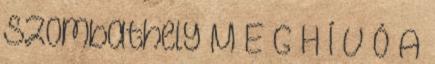
Szombathely M E G H Í V Ó A